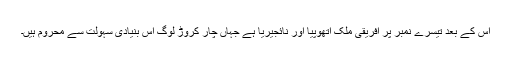
اس کے بعد تیسرے نمبر پر افریقی ملک اتھوپیا اور نائجیریا ہے جہاں چار کروڑ لوگ اس بنیادی سہولت سے محروم ہیں۔